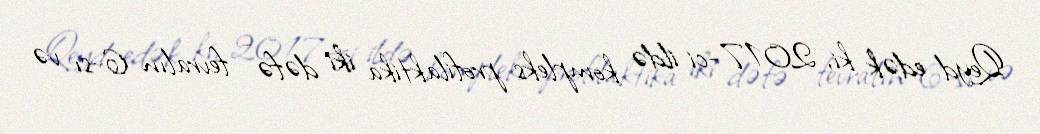
Qeyd edək ki, 2017-ci ildə kompleks profilaktika iki dəfə - fevralın 6-sı və